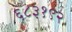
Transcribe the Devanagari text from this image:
६८३१९२